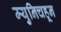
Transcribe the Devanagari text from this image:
म्युनिचहून